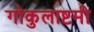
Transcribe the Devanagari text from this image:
गोकुलाष्टमी